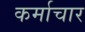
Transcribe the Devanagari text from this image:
कर्माचार